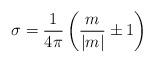
LaTeX: \begin{align*}\sigma =\frac 1{4\pi }\left( \frac m{|m|}\pm 1\right) \end{align*}